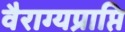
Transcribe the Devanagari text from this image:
वैराग्यप्राप्ति